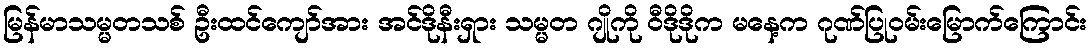
မြန်မာသမ္မတသစ် ဦးထင်ကျော်အား အင်ဒိုနီးရှား သမ္မတ ဂျိုကို ဝီဒိုဒိုက မနေ့က ဂုဏ်ပြုဝမ်းမြောက်ကြောင်း